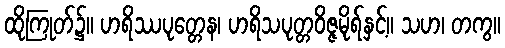
ထိုကြုတ်၌။ ဟရိဿပုတ္တေန၊ ဟရိသပုတ္တဝိဇ္ဇမိုရ်နှင့်။ သဟ၊ တကွ။